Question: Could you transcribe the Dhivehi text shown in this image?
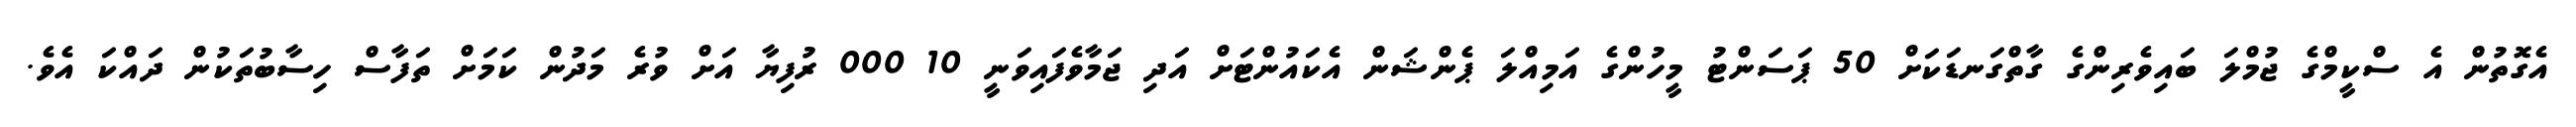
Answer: އެގޮތުން އެ ސްކީމްގެ ޖުމްލަ ބައިވެރިންގެ ގާތްގަނޑަކަށް 50 ޕަސަންޓު މީހުންގެ އަމިއްލަ ޕެންޝަން އެކައުންޓަށް އަދި ޖަމާވެފައިވަނީ 10 000 ރުފިޔާ އަށް ވުރެ މަދުން ކަމަށް ތަފާސް ހިސާބުތަކުން ދައްކަ އެވެ.